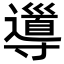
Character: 𡭎